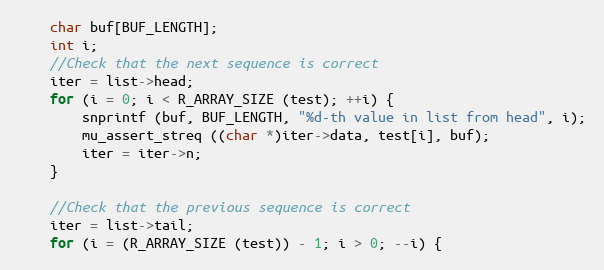
Language: C
	char buf[BUF_LENGTH];
	int i;
	//Check that the next sequence is correct
	iter = list->head;
	for (i = 0; i < R_ARRAY_SIZE (test); ++i) {
		snprintf (buf, BUF_LENGTH, "%d-th value in list from head", i);
		mu_assert_streq ((char *)iter->data, test[i], buf);
		iter = iter->n;
	}

	//Check that the previous sequence is correct
	iter = list->tail;
	for (i = (R_ARRAY_SIZE (test)) - 1; i > 0; --i) {